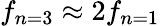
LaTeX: f_{n=3}\approx 2f_{n=1}